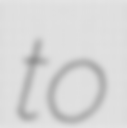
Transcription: to